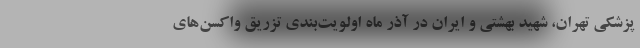
پزشکی تهران، شهید بهشتی و ایران در آذر ماه اولویت‌بندی تزریق واکسن‌های